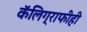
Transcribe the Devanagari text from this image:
कॅलिग्राफीही